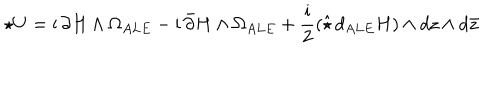
\star U = \mathrm { i } \, \partial H \wedge \Omega _ { A L E } - \mathrm { i } \, \bar { \partial } H \wedge \Omega _ { A L E } + \frac { \mathrm { i } } { 2 } \left( \hat { \star } \, d _ { A L E } H \right) \wedge d z \wedge d \bar { z }